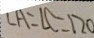
\angle A = \angle C = 1 2 0